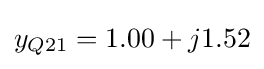
y_{Q21}=1.00+j1.52